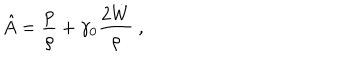
\hat { A } = { \frac { p } { \rho } } + \gamma _ { 0 } { \frac { 2 \dot { W } } { \rho } } \ ,